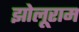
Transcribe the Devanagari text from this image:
झोलूराम